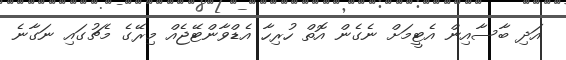
އަދި ބާސާއިން އެޓީމަށް ނެގެން އޮތް ހުރިހާ އެޑްވާންޓޭޖެއް މިރޭގެ މެޗުގައި ނަގާނެ